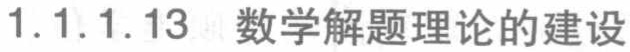
1.1.1.13 数学解题理论的建设